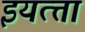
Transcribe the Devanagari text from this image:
इयत्त्ता